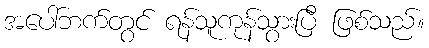
အပေါ်ဘက်တွင် ရန်သူကုန်သွားပြီ ဖြစ်သည်။